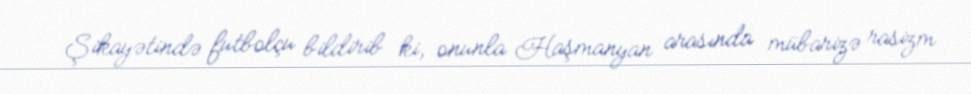
Şikayətində futbolçu bildirib ki, onunla Haşmanyan arasında mübarizə rasizm